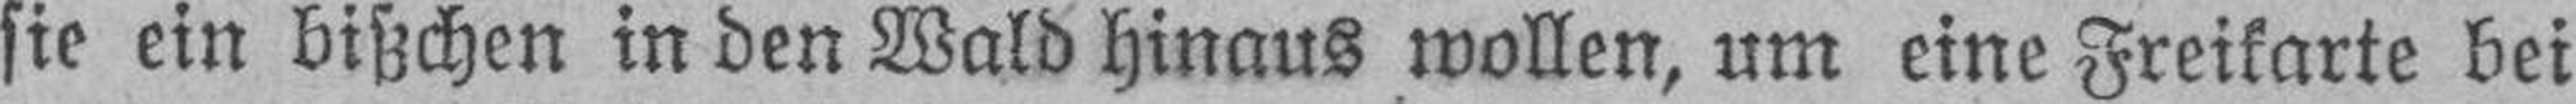
sie ein bißchen in den Wald hinaus wollen, um eine Freikarte bei